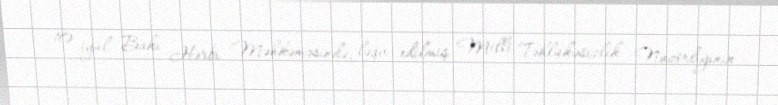
10 iyul Bakı Hərbi Məhkəməsində, ləğv edilmiş Milli Təhlükəsizlik Nazirliyinin